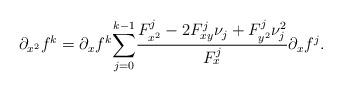
LaTeX: \begin{align*}\partial_{x^{2}}f^{k}=\partial_{x}f^{k}{\displaystyle\sum\limits_{j=0}^{k-1}}\frac{F_{x^{2}}^{j}-2F_{xy}^{j}\nu_{j}+F_{y^{2}}^{j}\nu_{j}^{2}}{F_{x}^{j}}\partial_{x}f^{j}. \end{align*}